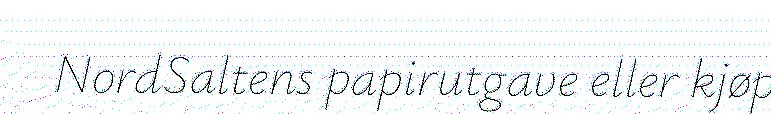
NordSaltens papirutgave eller kjøp